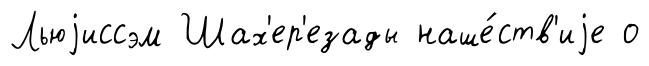
Льюjиссэм Шах'ер'езады наше́ств'иjе о